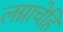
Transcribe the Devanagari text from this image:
लग्नाचेहि